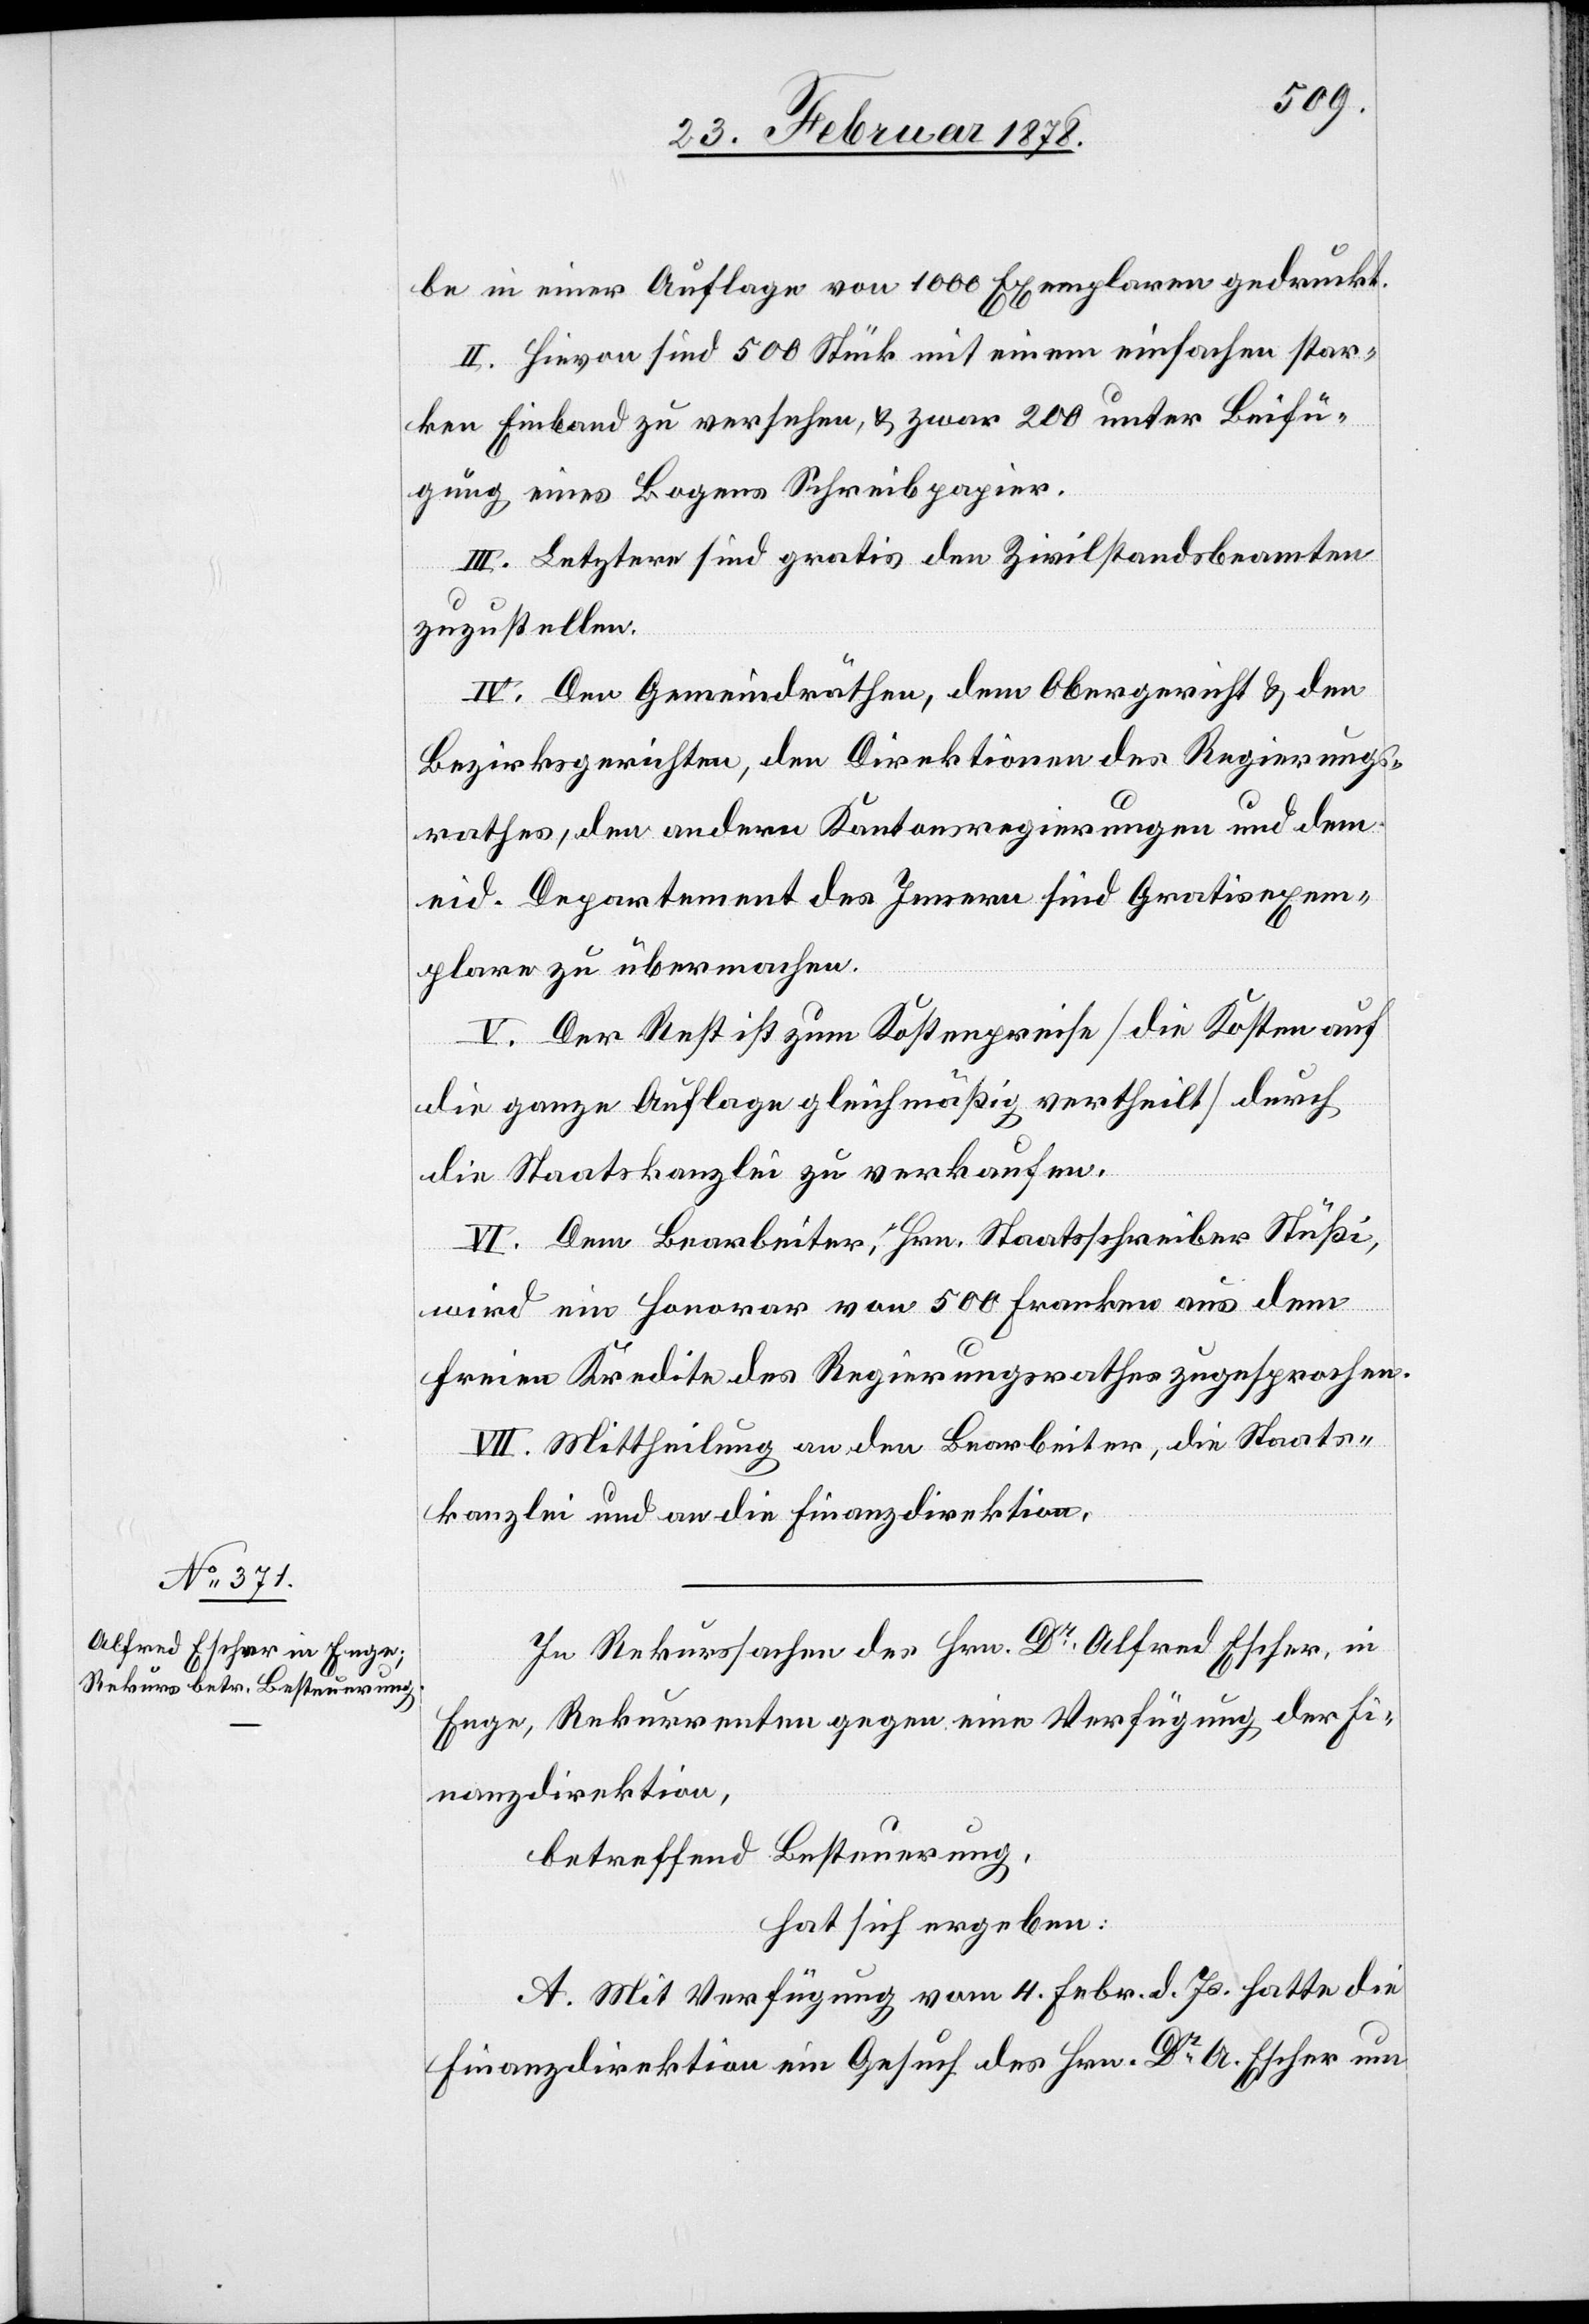
be in einer Auflage von 1000 Exemplaren gedruckt.
II. Hievon sind 500 Stück mit einem einfachen star¬
ken Einband zu versehen, & zwar 200 unter Beifü¬
gung eines Bogens Schreibpapier.
III. Letztere sind gratis den Zivilstandsbeamten
zuzustellen.
IV. Den Gemeindräthen, dem Obergericht & den
Bezirksgerichten, den Direktionen des Regierungs¬
rathes, den andern Kantonsregierungen und dem
eid. Departement des Innern sind Gratisexem¬
plare zu übermachen.
V. Der Rest ist zum Kostenpreise (die Kosten auf
die ganze Auflage gleichmäßig vertheilt) durch
die Staatskanzlei zu verkaufen.
VI. Dem Bearbeiter, Hrn. Staatsschreiber Stüßi,
wird ein Honorar von 500 Franken aus dem
freien Kredite des Regierungsrathes zugesprochen.
VII. Mittheilung an den Bearbeiter, die Staats¬
kanzlei und an die Finanzdirektion.
In Rekurssache des Hrn. Dr Alfred Escher, in
Enge, Rekurrenten gegen eine Verfügung der Fi¬
nanzdirektion,
betreffend Besteuerung,
hat sich ergeben:
A. Mit Verfügung vom 4. Febr. d. Js. hatte die
Finanzdirektion ein Gesuch des Hrn. Dr A. Escher um